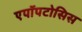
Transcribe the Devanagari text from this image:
एपॉपटोसिस